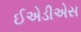
ઈએડીએસ